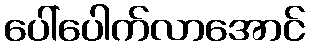
ပေါ်ပေါက်လာအောင်